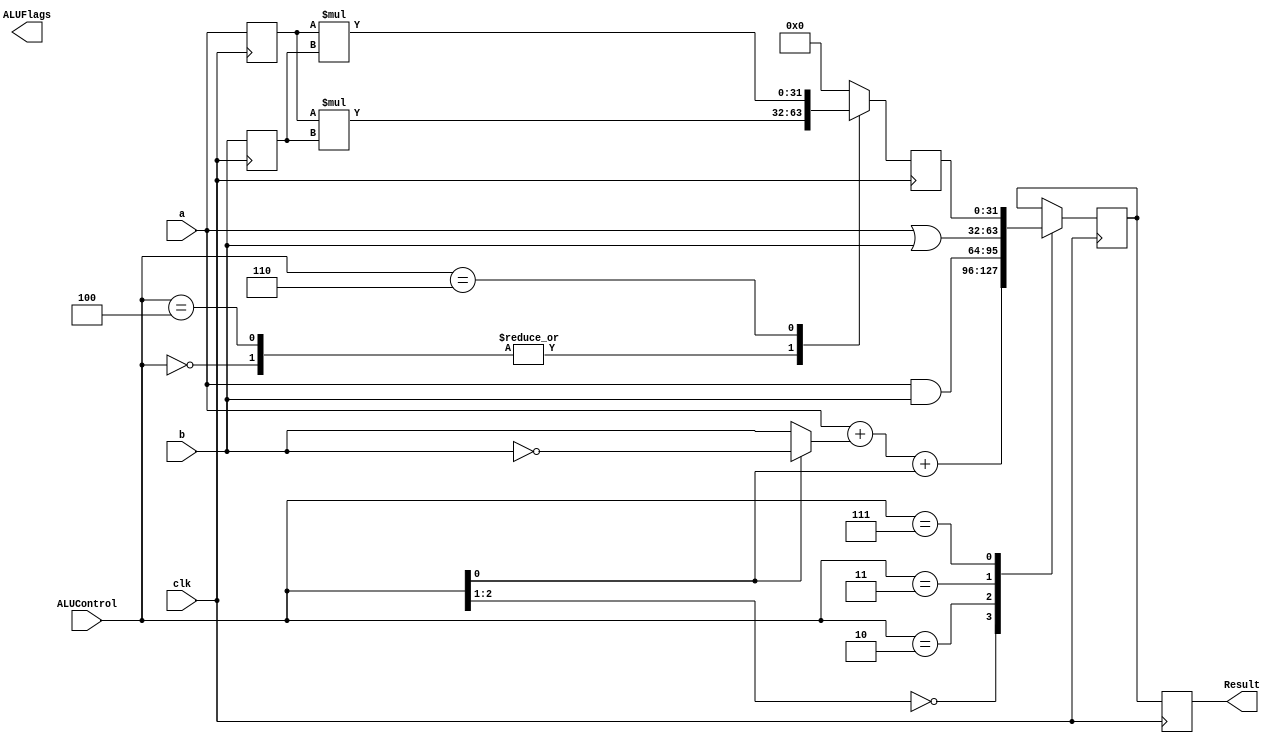
module alu(a,b,ALUControl,Result,ALUFlags, clk);
  input clk; 
  input [31:0] a,b;
  input [2:0] ALUControl; 
  reg [31:0] R1_mull; 
  reg [31:0] R2_mull; 
  output reg [31:0] Result; 
  reg [31:0] Result_reg;
  output wire [3:0] ALUFlags; 


  wire [31:0] condinvb;
  wire [32:0] sum;
  wire [63:0] R_mull; 
  

  
  assign condinvb = ALUControl[0] ? ~b : b;
  assign sum = a + condinvb + ALUControl[0];

  /*
  assign mull = a + condinvb + ALUControl[0];  //modificado
        3'b011: Result = a | b
	  endcase
    end
  */

  // Maneja lógica secuencial


  
  always @(posedge clk)
    begin
	   
	   R1_mull <= a;
	   R2_mull <= b; 

	   casex(ALUControl[2:0])

	    3'b00?: Result_reg = sum;
	    3'b010: Result_reg = a & b; 
	    3'b011: Result_reg = a | b; 
	    3'b111: Result_reg = R_mull[31:0];
	   endcase

	   //mod
	   //verificar el assign


       

	   neg = Result[31]; 
	   zero = (Result == 32'b0);
	   carry = (ALUControl[1] == 1'b0) & sum[32]; 
	   overflow = (ALUControl[1] == 1'b0) & ~(a[31] ^ b[31] ^ ALUControl[0]) & (a[31] ^ sum[31]);
       
	   
    end
  
  always @(posedge clk)

    begin 
	    case (ALUControl)
            3'b000: 
              begin
                R_mull = R1_mull * R2_mull; //modificado - MUL
                neg = R_mull[31];
                zero = (R_mull == 32'b0);
                carry = 1'b0;
                overflow = 1'b0;
              end
            3'b100:
              begin
                R_mull = R1_mull * R2_mull; //modificado - MULL
                neg = R_mull[31];
                zero = (R_mull == 32'b0);
                carry = 1'b0;
                overflow = 1'b0;
              end
            3'b110:
              begin
                R_mull = $signed(R1_mull) * $signed(R2_mull); //SMULL
                neg = R_mull[31];
                zero = (R_mull == 32'b0);
                carry = 1'b0;
                overflow = 1'b0;
              end
            default:
              begin
                R_mull = 64'b0;
                neg = Result[31];
                zero = (Result == 32'b0);
                carry = (ALUConstrol[1] == 1'b0) & sum[32];
                overflow = (ALUControl[1] == 1'b0) & ~(a[31] ^ b[31] ^ ALUControl[0]) & (a[31] ^ sum[31]);
              end
        endcase
	end

  always @(posedge clk)//clk 
    begin
        Result <= Result_reg; 
	end 


    /*

	
  assign neg = Result[31]; 
  assign zero = (Result == 32'b0);
  assign carry = (ALUControl[1] == 1'b0) & sum[32];
  assign overflow = (ALUControl[1] == 1'b0) & ~(a[31] ^ b[31] ^ ALUControl[0]) & (a[31] ^ sum[31]);
  assign ALUFlags = {neg, zero, carry, overflow};
   */

	//NOTA: EL TIPO DE LÓGICA ES SECUENCIAL PORQUE LUEGO SE ESCRIBE 
	
endmodule